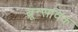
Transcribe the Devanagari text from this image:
ब्रून्सविक